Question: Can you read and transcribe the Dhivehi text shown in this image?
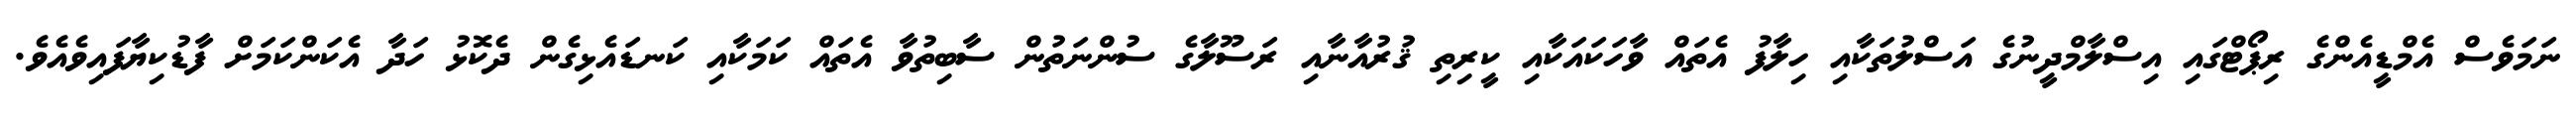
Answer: ނަމަވެސް އެމްޑީއެންގެ ރިޕޯޓްގައި އިސްލާމްދީނުގެ އަސްލުތަކާއި ހިލާފު އެތައް ވާހަކައަކާއި ކީރިތި ޤުރުއާނާއި ރަސޫލާގެ ސުންނަތުން ސާބިތުވާ އެތައް ކަމަކާއި ކަނޑައެޅިގެން ދެކޮޅު ހަދާ އެކަންކަމަށް ފާޑުކިޔާފައިވެއެވެ.